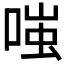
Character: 𫪻